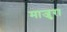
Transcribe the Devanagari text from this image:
माजुरा